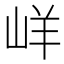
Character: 㟄